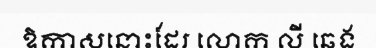
ឱកាសនោះដែរ លោក លី ឆេង